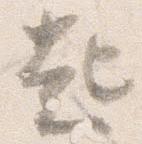
起